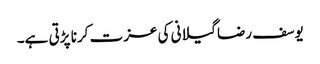
یوسف رضا گیلانی کی عزت کرنا پڑتی ہے۔